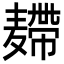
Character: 𪎐